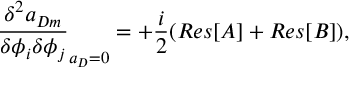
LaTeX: \frac { \delta ^ { 2 } a _ { D m } } { \delta \phi _ { i } \delta \phi _ { j } } _ { a _ { D } = 0 } = + \frac { i } { 2 } ( R e s [ A ] + R e s [ B ] ) ,